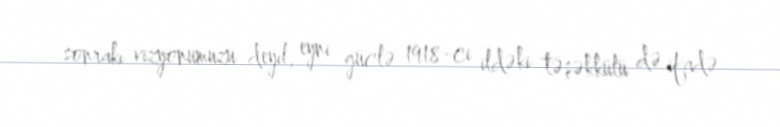
sonrakı vizyonumuzu deyil, eyni güclə 1918-ci ildəki təşəkkülü də ifadə